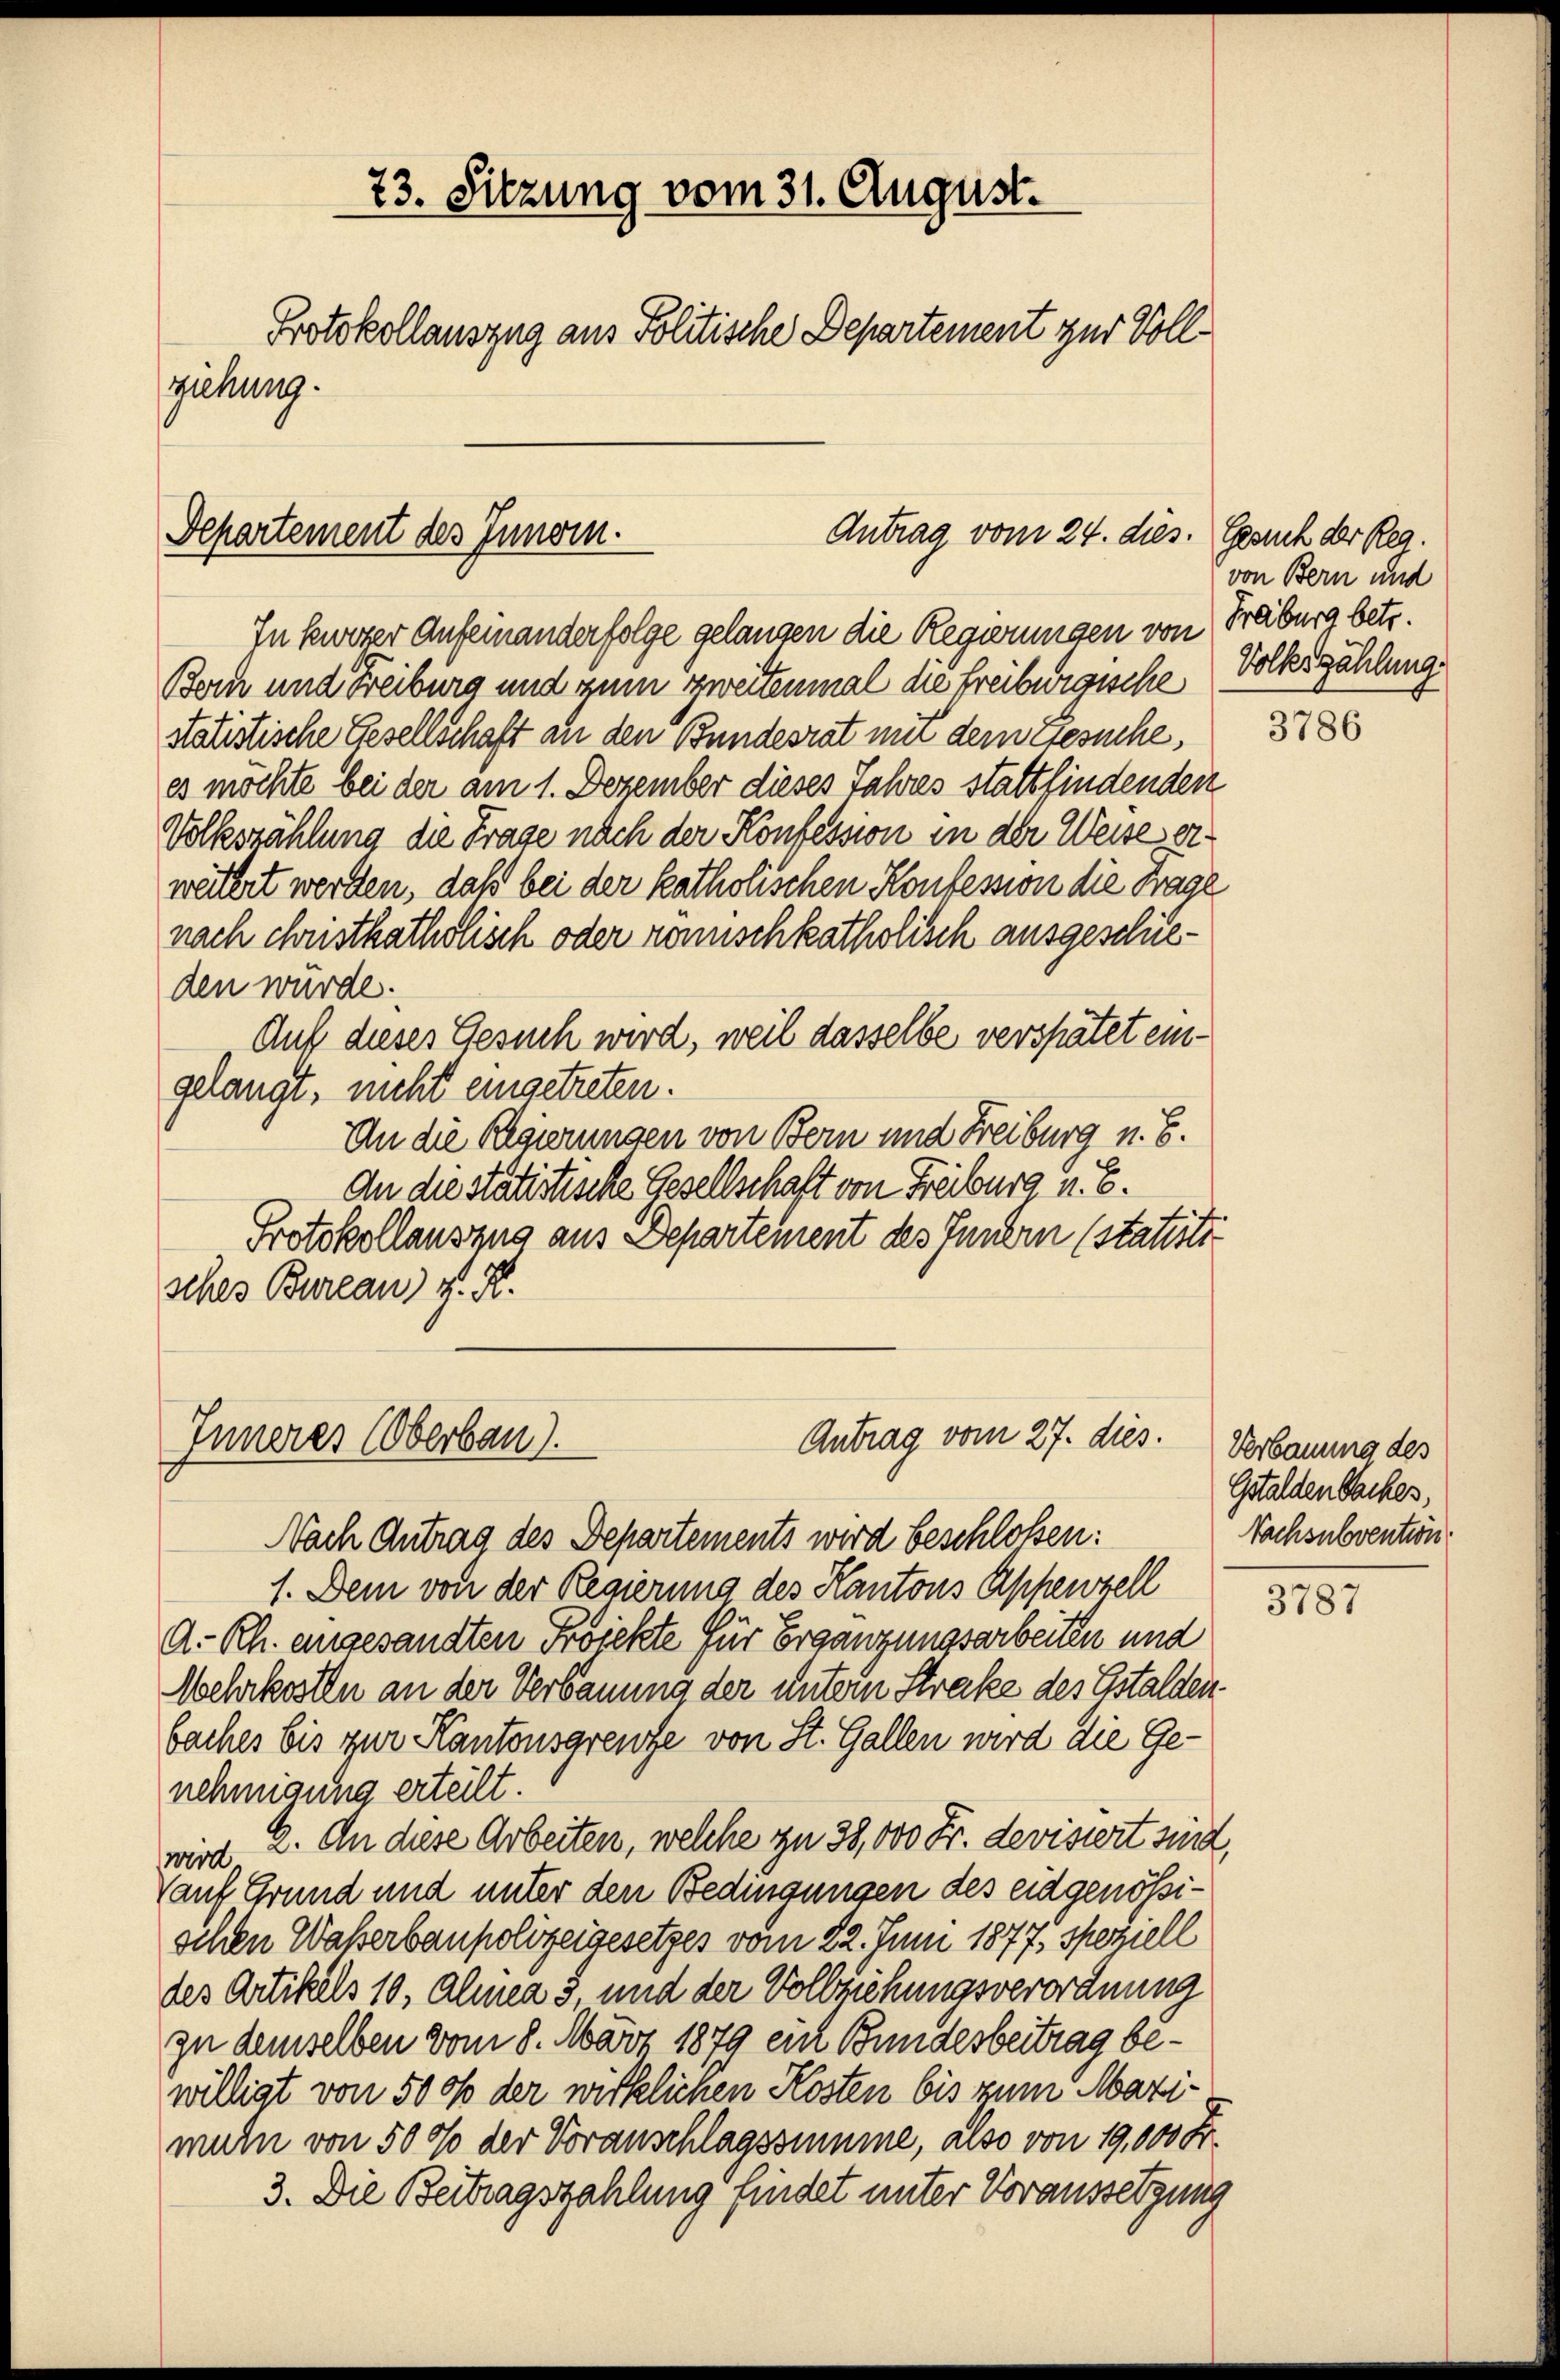
73. Sitzung vom 31. August.
Protokollauszug aus Politische Departement zur Vollziehung.

Departement des Innern.

In kurzer Aufeinanderfolge gelangen die Regierungen von Freiburg betr.
Born und Freiburg und zum Zweitenmal die Freiburgische
statistische Gesellschaft an den Bundesrat mit dem Gesuche,
es möchte bei der am 1. Dezember dieses Jahres stattfindenden
Volkszählung die Frage nach der Konfession in der Weises erweitert werden, daß bei der katholischen Konfession die Frage
nach christkatholisch oder römischkatholisch ausgeschieden wurde.
Auf dieses Gesuch wird, weil dasselbe verspätet eingelangt, nicht eingetreten.
An die Regierungen von Bern und Freiburg u. 6.
An die statistische Gesellschaft von Freiburg u. E.
Protokollauszug aus Departement des Fundern (statistesches Bureau v. K.
Antrag vom 27. dies.

Antrag vom 24. dies.

Innerer Überbau).

Nach Antrag des Departements wird beschlossen:
1. Dem von der Regierung des Kantons Appenzell
A.Rh. angesandten Projekte für Ergänzungsarbeiten und
Wehrkosten an der Verbauung der untern Streke des Gstalden.
baches bis zur Kantonsgrenze von St. Gallen wird die Genehmigung erteilt.
wird 2. An diese Arbeiten, welche zu 38,000 Fr. devisiert sind,
Vauf Grund und unter den Bedingungen des eidgenössischen Waßerbaupolizeigesetzes vom 22. Juni 1877, speziell
des Artikels 10, Alinea 3, und der Vollziehungsverordnung
zu demselben vom 8. März 1879 ein Bundesbeitrag bewilligt von 5000 der wirklichen Kosten bis zum Mazimuln von 500 der Voranschlagssumme, also von 19,000 Fr.
3. Die Beitragszahlung findet unter Voraussetzung

Gesuch der Reg.
von Bern und
Volkszählung.

3786

Verbauung des
Gstalden Saches,
Nachsubvention

3787